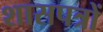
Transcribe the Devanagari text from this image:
शासपत्रों